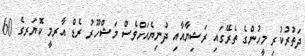
ދަތުރުކުރި މީހުންގެ ތެރޭގައި ރަޝިޔާއާއި ދުނިޔެއަށްވެސް މަޝްހޫރު ރެޑް އާރމީ ކޮޔަރގެ 60